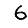
Digit: 6